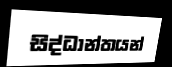
සිද්ධාන්තයන්